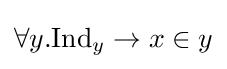
\forall y.\mathrm {Ind} _{y}\to x\in y